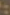
: